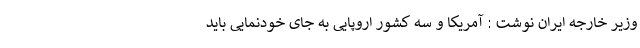
وزیر خارجه ایران نوشت : آمریکا و سه کشور اروپایی به جای خودنمایی باید